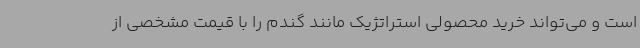
است و می‌تواند خرید محصولی استراتژیک مانند گندم را با قیمت مشخصی از